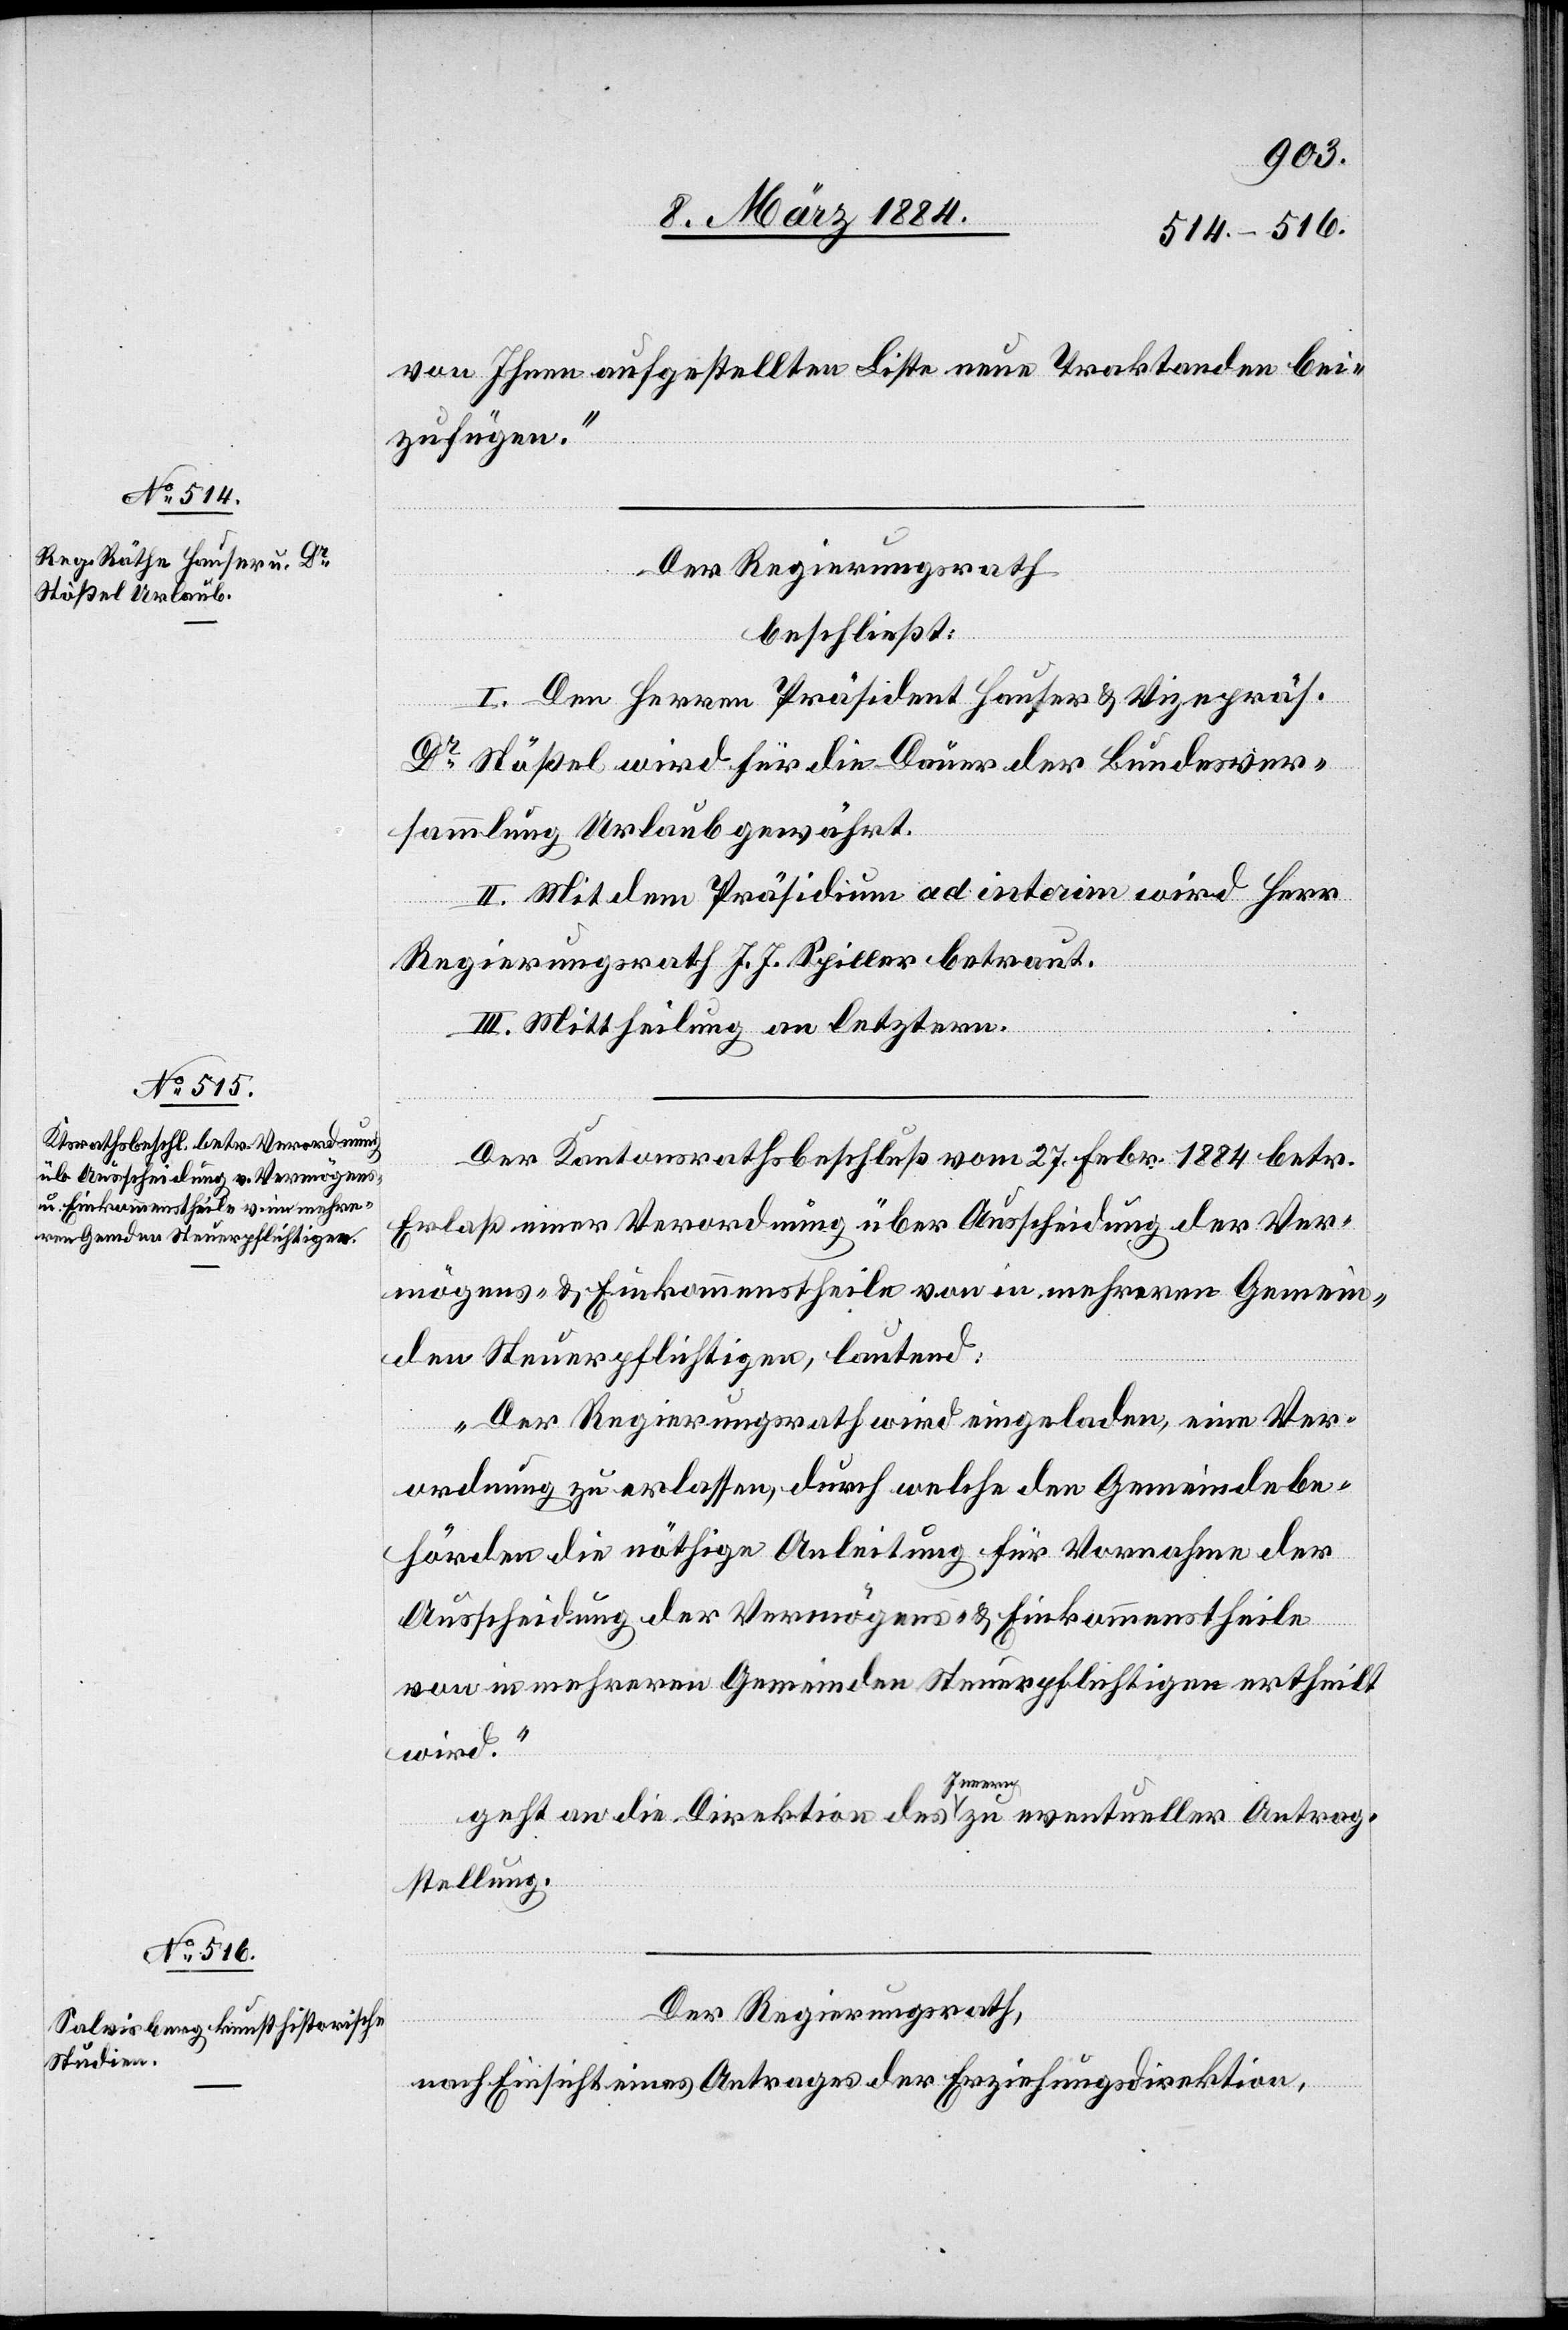
von Ihnen aufgestellten Liste neue Traktanden bei¬
zufügen.“
Der Regierungsrath
beschließt:
I. Den Herren Präsident Hauser & Vizepräs.
Dr Stößel wird für die Dauer der Bundesver¬
sammlung Urlaub gewährt.
II. Mit dem Präsidium ad interim wird Herr
Regierungsrath J. J. Spiller betraut.
III. Mittheilung an letztern.
Der Kantonsrathsbeschluß vom 27. Febr. 1884 betr.
Erlaß einer Verordnung über Ausscheidung der Ver¬
mögens- & Einkommenstheile von in mehreren Gemein¬
den Steuerpflichtigen, lautend:
„Der Regierungsrath wird eingeladen, eine Ver¬
ordnung zu erlassen, durch welche den Gemeindebe¬
hörden die nöthige Anleitung für Vornahme der
Ausscheidung der Vermögens- & Einkommenstheile
von in mehreren Gemeinden Steuerpflichtigen ertheilt
wird.“
geht an die Direktion des Innern zu eventueller Antrag¬
stellung.
Der Regierungsrath,
nach Einsicht eines Antrages der Erziehungsdirektion,